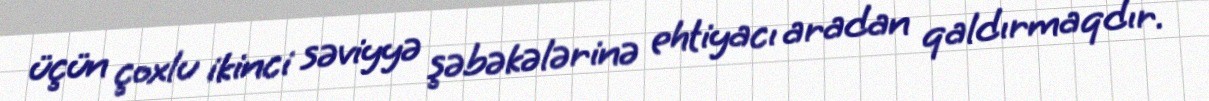
üçün çoxlu ikinci səviyyə şəbəkələrinə ehtiyacı aradan qaldırmaqdır.